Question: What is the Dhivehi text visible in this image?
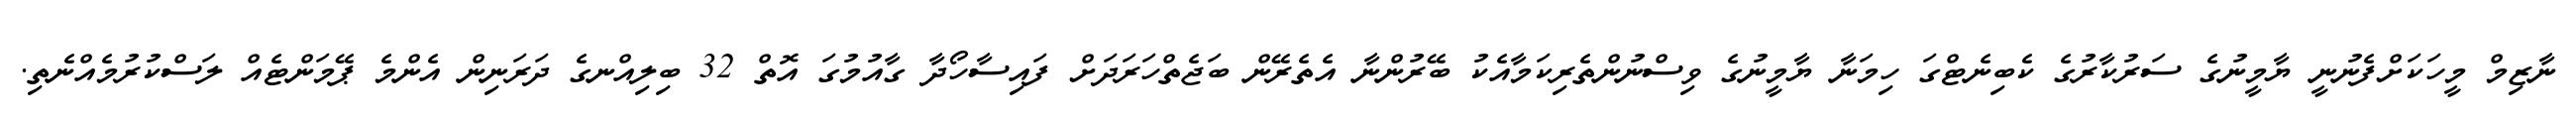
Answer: ނާޒިމް މީހަކަށްފެނުނީ ޔާމީނުގެ ސަރުކާރުގެ ކެބިނެޓްގަ ހިމަނާ ޔާމީނުގެ ވިސްނުންތެރިކަމާއެކު ބޭރުންނާ އެތެރޭން ބަޖެތްހަރަދަށް ފައިސާހޯދާ ގާއުމުގަ އޮތް 32 ބިލިއްނގެ ދަރަނިން އެންމެ ޕޭމަންޓެއް ލަސްކުރުމެއްނެތި.